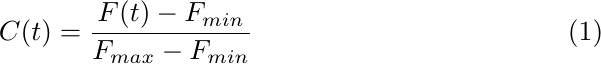
\begin{equation}
C(t)=\frac{F(t)-F_{min}}{F_{max} - F_{min}}
\end{equation}